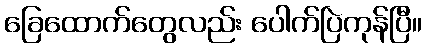
ခြေထောက်တွေလည်း ပေါက်ပြဲကုန်ပြီ။